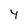
Character: y